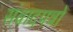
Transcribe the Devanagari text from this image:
संवादपत्रों